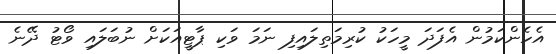
އެހެންކަމުން އެފަދަ މީހަކު ކުރިމަތިލައިފި ނަމަ ވަކި ޕާޓީއަކަށް ނުބަލައި ވޯޓު ދޭނެ